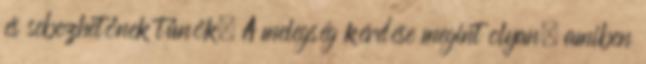
és sebezhetőnek tűnök. A melegség kérdése megint olyan, amiben